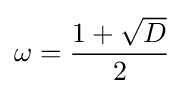
\omega ={\frac {1+{\sqrt {D}}}{2}}